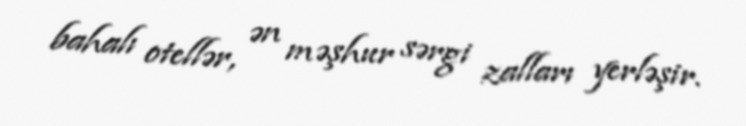
bahalı otellər, ən məşhur sərgi zalları yerləşir.